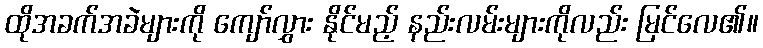
ထိုအခက်အခဲများကို ကျော်လွှား နိုင်မည့် နည်းလမ်းများကိုလည်း မြင်လေ၏။